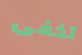
تخفى